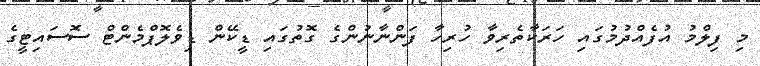
މި ފިލްމު އުފެއްދުމުގައި ހަރަކާތެރިވާ ހުރިހާ ފަންނާނުންގެ ގޮތުގައި ޑީކޭން ޑިވެލޮޕްމެންޓް ސޮސައިޓީގެ